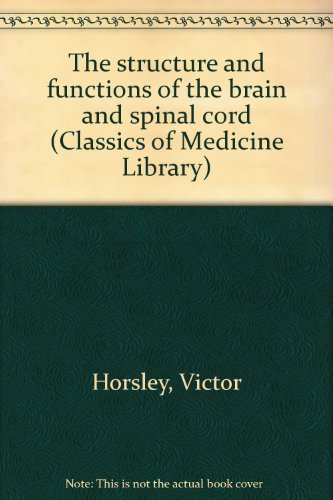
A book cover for The structure and functions of the brain and spinal cord (Classics of Medicine Library); Victor Horsley; Health, Fitness & Dieting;